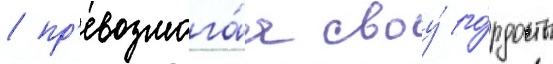
/ пр'евозмога́я своу́ го́рдость